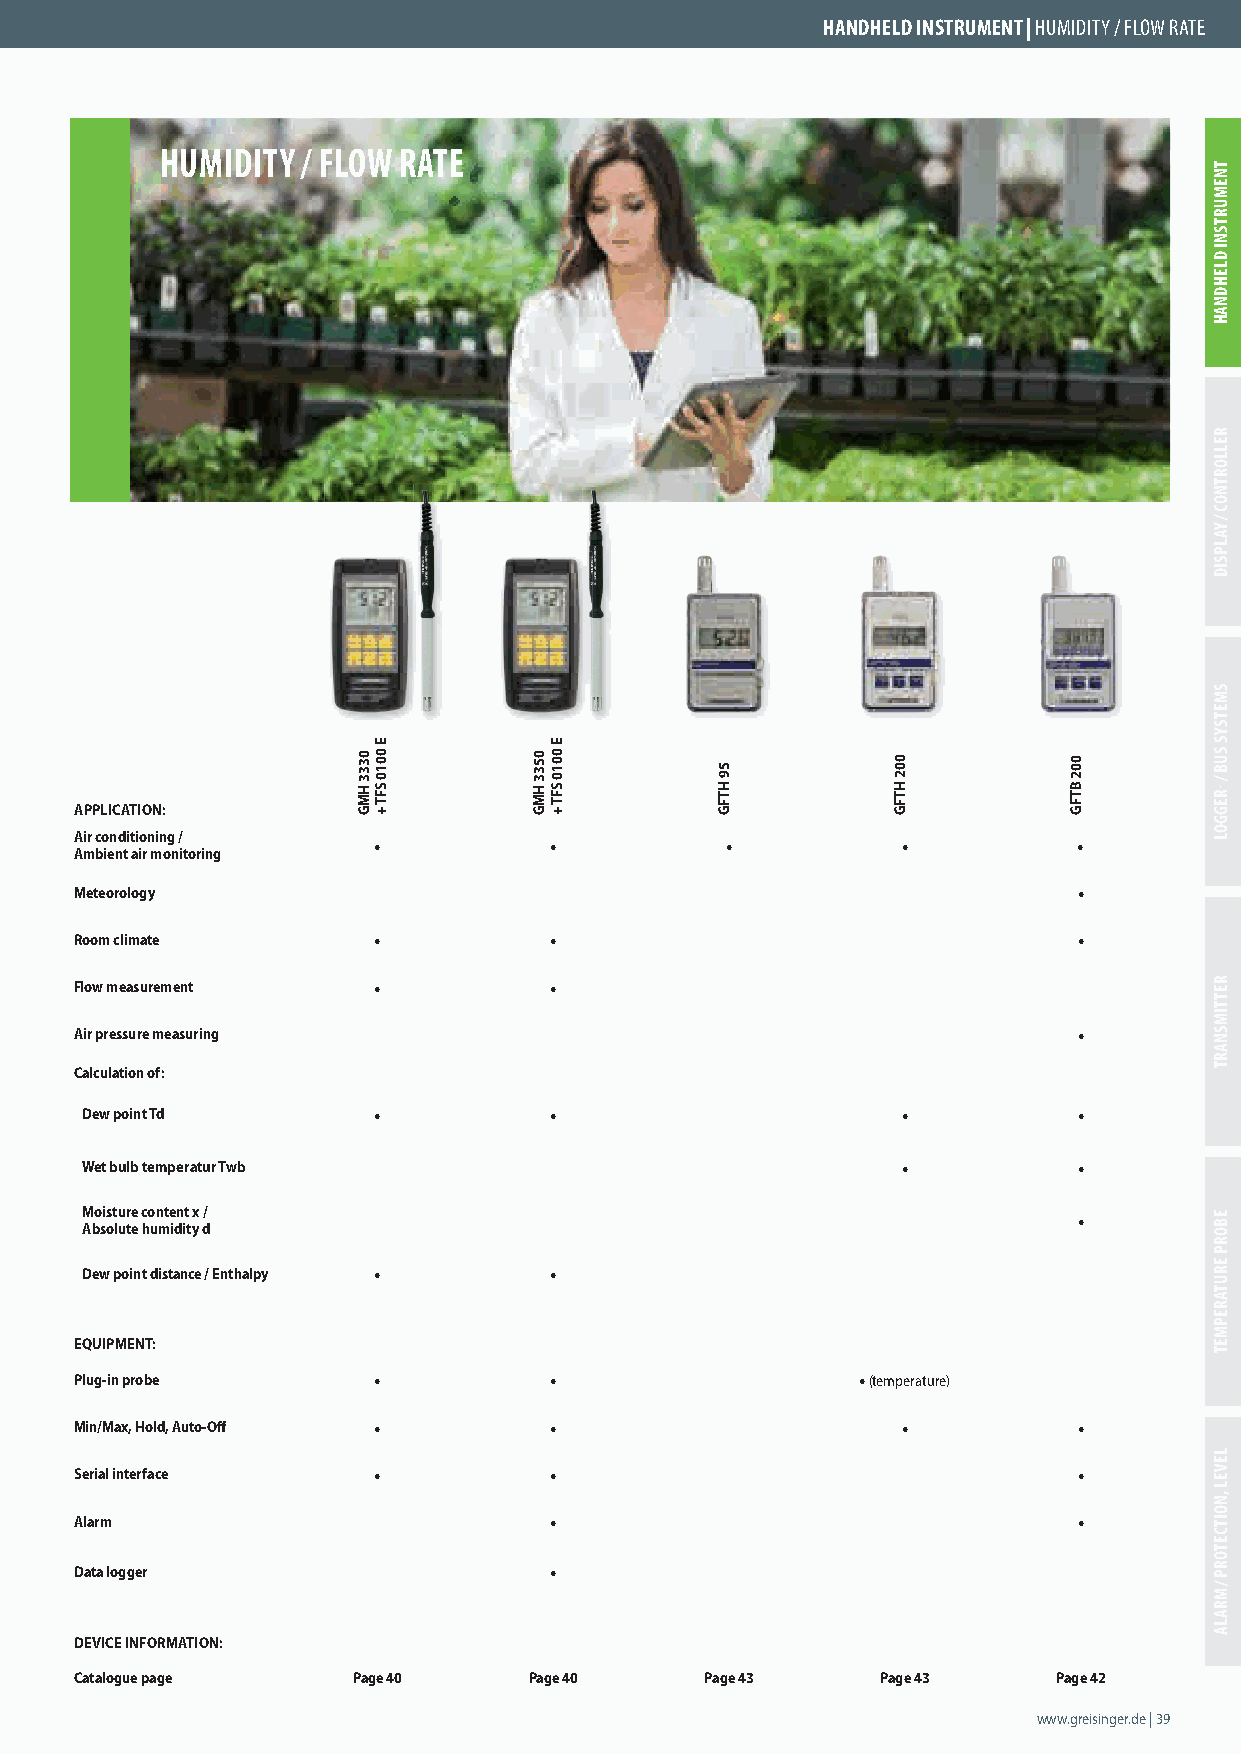
HANDHELD INSTRUMENT | HUMIDITY / FLOW RATE
 HUMIDITY / FLOW RATE
 APPLICATION:
 Air conditioning /  •          •           •           •          •
 Ambient air monitoring
 Meteorology                                                       •
 Room climate        •          •                                  •
 Flow measurement    •          •
 Air pressure measuring                                            •
 Calculation of:
 Dew point Td        •          •                       •          •
 Wet bulb temperatur Twb                                •          •
 Moisture content x /                                              •
 Absolute humidity d
 Dew point distance / Enthalpy • •
 EQUIPMENT:
 Plug-in probe       •          •                    • (temperature)
 Min/Max, Hold, Auto-Off •      •                       •          •
 Serial interface    •          •                                  •
 Alarm                          •                                  •
 Data logger                    •
 DEVICE INFORMATION:
 Catalogue page    Page 40     Page 40     Page 43    Page 43     Page 42
 www.greisinger.de | 39
 0333
 HMG
 E
 0010
 SFT
 +
 0533
 HMG
 E
 0010
 SFT
 +
 59
 HTFG
 002
 HTFG
 002
 BTFG
 TNEMURTSNI
 DLEHDNAH
 RELLORTNOC
 /
 YALPSID
 SMETSYS
 SUB
 / -REGGOL
 RETTIMSNART
 EBORP
 ERUTAREPMET
 LEVEL
 ,NOITCETORP
 /
 MRALA